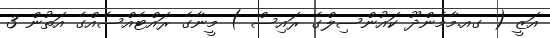
އަޒީ ( ގއ.މާމެންދޫ ކައުންސިލްގެ ރައިސް ) މީނާގެ ރައްޓެއްސެއްގެ އަތުން 3